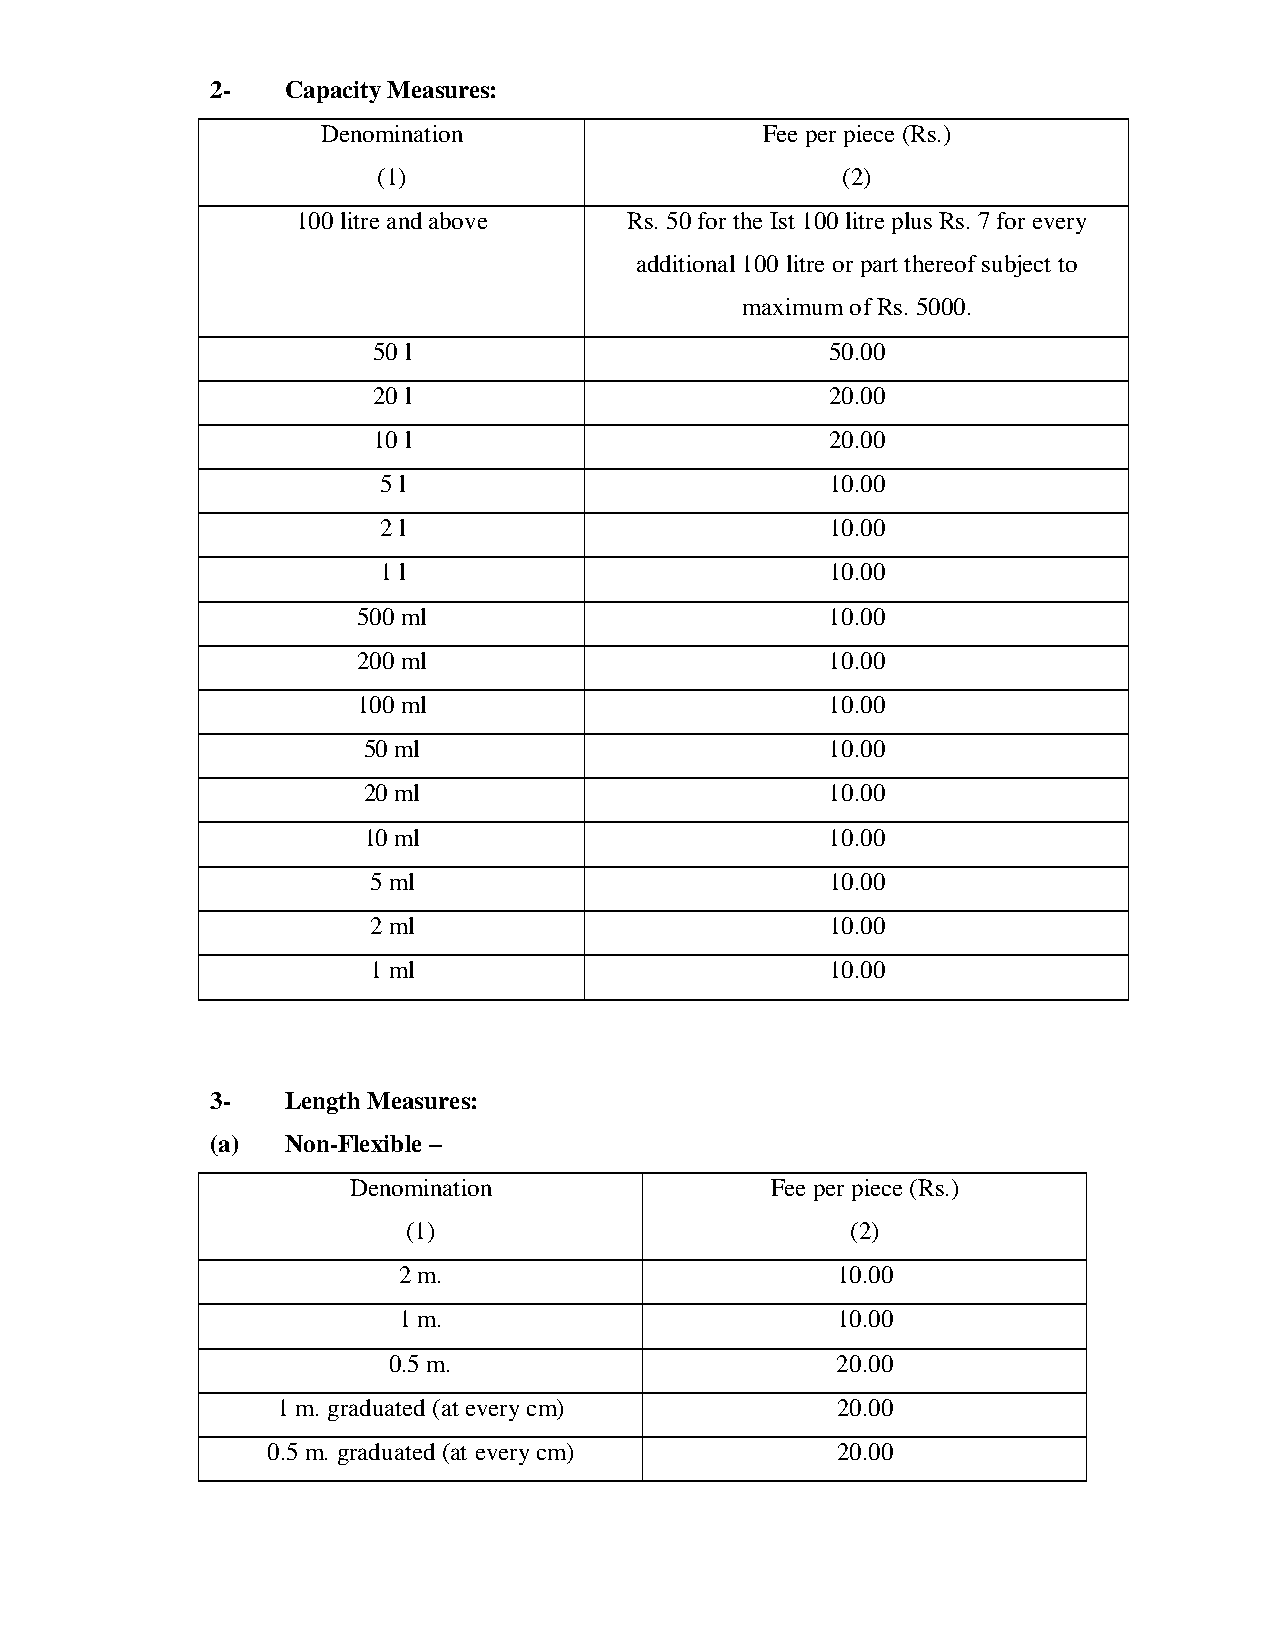
2-   Capacity Measures:
 Denomination                 Fee per piece (Rs.)
 (1)                            (2)
 100 litre and above   Rs. 50 for the Ist 100 litre plus Rs. 7 for every
 additional 100 litre or part thereof subject to
 maximum of Rs. 5000.
 50 l                          50.00
 20 l                          20.00
 10 l                          20.00
 5 l                           10.00
 2 l                           10.00
 1 l                           10.00
 500 ml                         10.00
 200 ml                         10.00
 100 ml                         10.00
 50 ml                          10.00
 20 ml                          10.00
 10 ml                          10.00
 5 ml                           10.00
 2 ml                           10.00
 1 ml                           10.00
 3-   Length Measures:
 (a)  Non-Flexible –
 Denomination                Fee per piece (Rs.)
 (1)                          (2)
 2 m.                         10.00
 1 m.                         10.00
 0.5 m.                       20.00
 1 m. graduated (at every cm)         20.00
 0.5 m. graduated (at every cm)       20.00